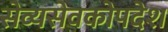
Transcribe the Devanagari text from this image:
सेव्यसेवकोपदेश